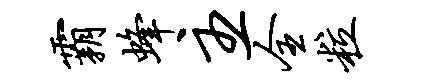
霸蜂主全粒